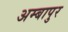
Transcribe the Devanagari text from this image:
अम्बापुर